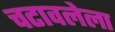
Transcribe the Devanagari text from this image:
चटावलेला